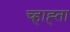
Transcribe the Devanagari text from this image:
च्हाह्ता